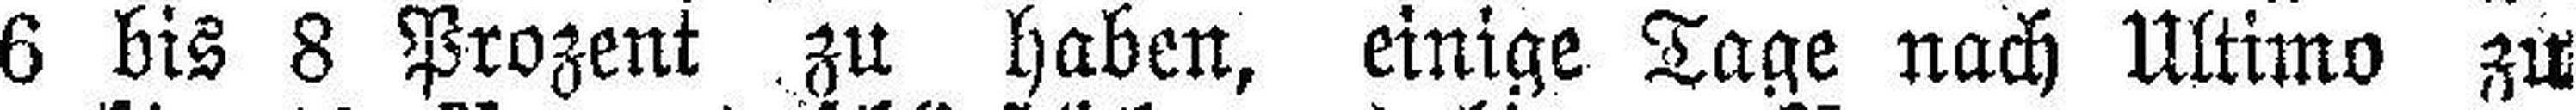
6 bis 8 Prozent zu haben, einige Tage nach Ultimo zu